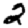
Digit: 2